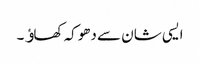
ایسی شان سے دھوکہ کھاﺅ۔